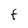
Character: F